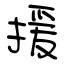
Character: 援